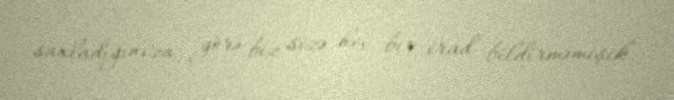
saxladığınıza görə biz sizə heç bir irad bildirməmişik.